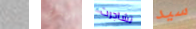
يا أوامري تشاجرت سيد